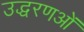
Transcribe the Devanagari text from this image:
उद्धरणओं